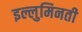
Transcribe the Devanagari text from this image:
इल्लुमिनती